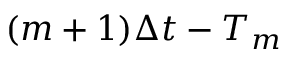
( m + 1 ) \Delta t - T _ { m }